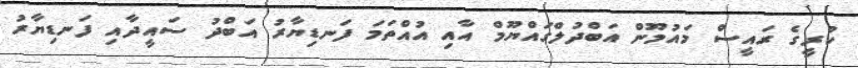
ކުރީގެ ރައީސް މައުމޫން އަބްދުލްގައްޔޫމް އާއި އުއްތަމަ ފަނޑިޔާރު އަބްދު ސައީދާއި ފަނޑިޔާރު